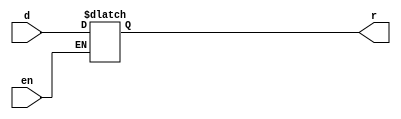
module register(input en, input [31:0] d, output reg [31:0] r);
always @(en) begin
  if (en)
    r <= d;
end
endmodule

module ptd(input clk, output ppulse);
  not  #2 P1(nclkd, clk);
  nand #2 P2(npulse, nclkd, clk);
  not  #2 P3(ppulse, npulse);
endmodule

module inc(input [31:0] i, output [31:0] o);
  assign o = i + 4;
endmodule

module main;
wire [31:0] r, ro;
reg clk;
wire en;

ptd ptd1(clk, en);
register r1(en, ro, r);
inc i1(r, ro);

initial begin
  clk = 0;
  r1.r = 0;
  $monitor("%4dns monitor: clk=%d en=%d r=%d", $stime, clk, en, r);
  $dumpfile("ptdCounter.vcd"); //  GTK wave 
  $dumpvars;    
end

always #10 begin
  clk = clk + 1;
end

initial #100 $finish;

endmodule